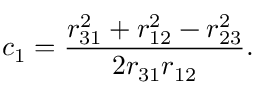
c _ { 1 } = \frac { r _ { 3 1 } ^ { 2 } + r _ { 1 2 } ^ { 2 } - r _ { 2 3 } ^ { 2 } } { 2 r _ { 3 1 } r _ { 1 2 } } .